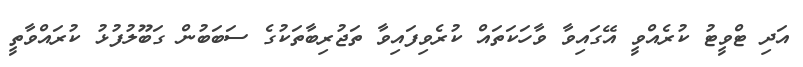
އަދި ޓްވީޓު ކުރެއްވީ އޭގައިވާ ވާހަކަތައް ކުރެވިފައިވާ ތަޖުރިބާތަކުގެ ސަބަބުން ގަބޫލުފުޅު ކުރައްވާތީ